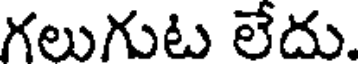
గలుగుట లేదు.